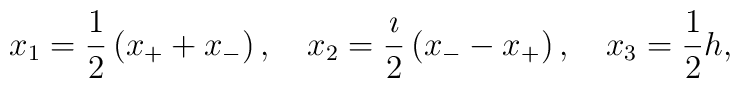
x_1 =\frac{1}{2} \left( x_+ +x_- \right) ,\quad x_2 =\frac{\imath}{2}\left( x_- -x_+ \right) , \quad x_3 =\frac{1}{2} h ,